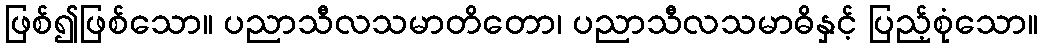
ဖြစ်၍ဖြစ်သော။ ပညာသီလသမာတိတော၊ ပညာသီလသမာဓိနှင့် ပြည့်စုံသော။